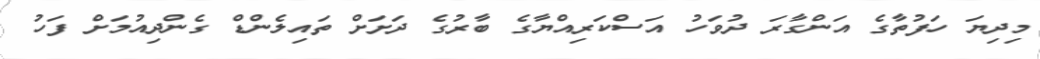
މިދިޔަ ހަފުތާގެ އަންގާރަ ދުވަހު އަސްކަރިއްޔާގެ ބާރުގެ ދަށަށް ތައިލެންޑް ގެންދިއުމަށް ފަހު